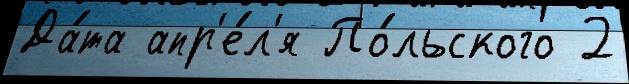
Да́та апр'е́л'я По́льского 2